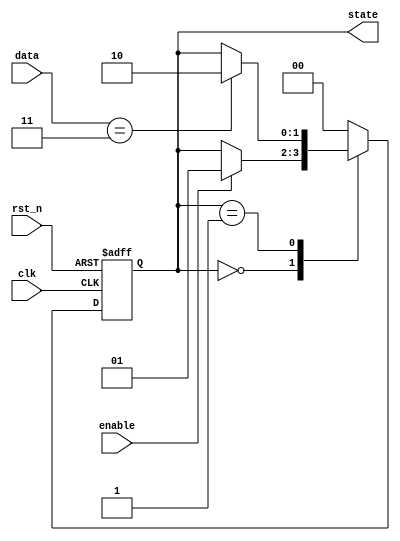
module fsm_example (
    input wire clk,          // Clock signal
    input wire rst_n,        // Active low reset signal
    input wire enable,       // Enable signal for the FSM
    input wire [1:0] data,   // Input data
    output reg [1:0] state   // Current state output
);

    // State encoding
    localparam STATE_IDLE   = 2'b00;
    localparam STATE_RUN    = 2'b01;
    localparam STATE_DONE   = 2'b10;

    // Sequential logic block sensitive to clock and reset events
    always @(posedge clk or negedge rst_n) begin
        if (!rst_n) begin
            // Reset state
            state <= STATE_IDLE;
        end else begin
            // State machine behavior based on enable and input data
            case (state)
                STATE_IDLE: begin
                    if (enable) begin
                        state <= STATE_RUN; // Transition to RUN state
                    end
                end

                STATE_RUN: begin
                    // Example condition to transition to DONE state
                    if (data == 2'b11) begin
                        state <= STATE_DONE; // Transition to DONE state
                    end
                end

                STATE_DONE: begin
                    // Return to IDLE state after DONE
                    state <= STATE_IDLE; // Transition back to IDLE
                end

                default: begin
                    state <= STATE_IDLE; // Default to IDLE state
                end
            endcase
        end
    end

endmodule